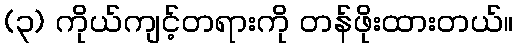
(၃) ကိုယ်ကျင့်တရားကို တန်ဖိုးထားတယ်။